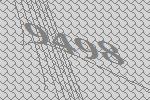
9498